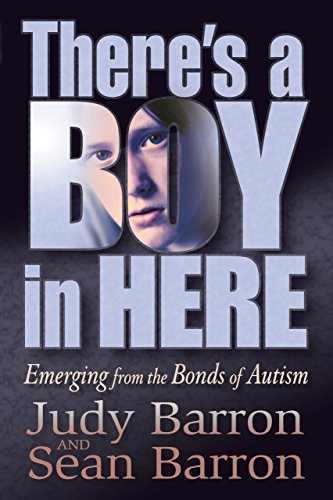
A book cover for There's a Boy in Here: Emerging from the Bonds of Autism; Judy Barron; Parenting & Relationships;